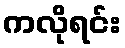
ကလိုရင်း